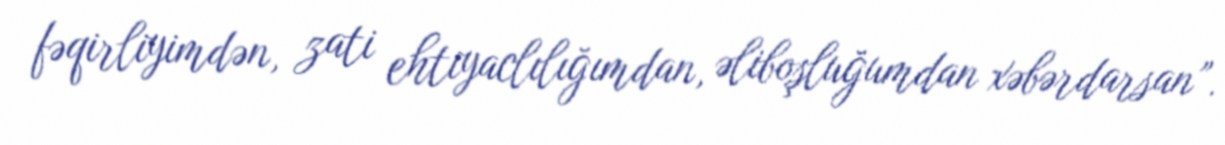
fəqirliyimdən, zati ehtiyaclılığımdan, əliboşluğumdan xəbərdarsan”.